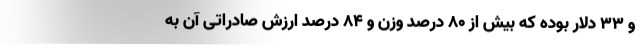
و ۳۳ دلار بوده که بیش از ۸۰ درصد وزن و ۸۴ درصد ارزش صادراتی آن به